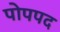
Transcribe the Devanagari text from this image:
पोपपद